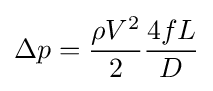
\Delta p={\frac {\rho V^{2}}{2}}{\frac {4fL}{D}}